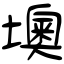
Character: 墺